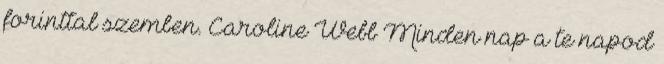
forinttal szemben. Caroline Webb Minden nap a te napod